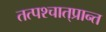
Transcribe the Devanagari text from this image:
तत्पश्‍चात्‌प्रान्त